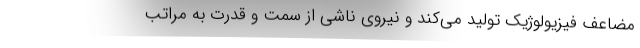
مضاعفِ فیزیولوژیک تولید می‌کند و نیروی ناشی از سِمَت و قدرت به مراتب